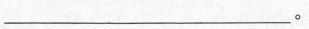
___。